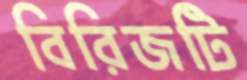
বিরিজটি